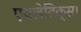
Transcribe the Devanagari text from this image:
एथलेटिक्स।